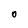
Character: O